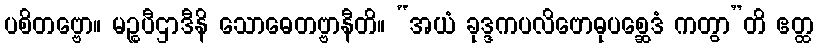
ပစိတဗ္ဗော။ မဉ္စပီဌာဒီနိ သောဓေတဗ္ဗာနီတိ။ “အယံ ခုဒ္ဒကပလိဗောဓုပစ္ဆေဒံ ကတွာ”တိ ဧတ္ထ